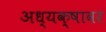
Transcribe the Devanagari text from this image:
अध्यक्षावर